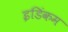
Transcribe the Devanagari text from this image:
इडिंकम